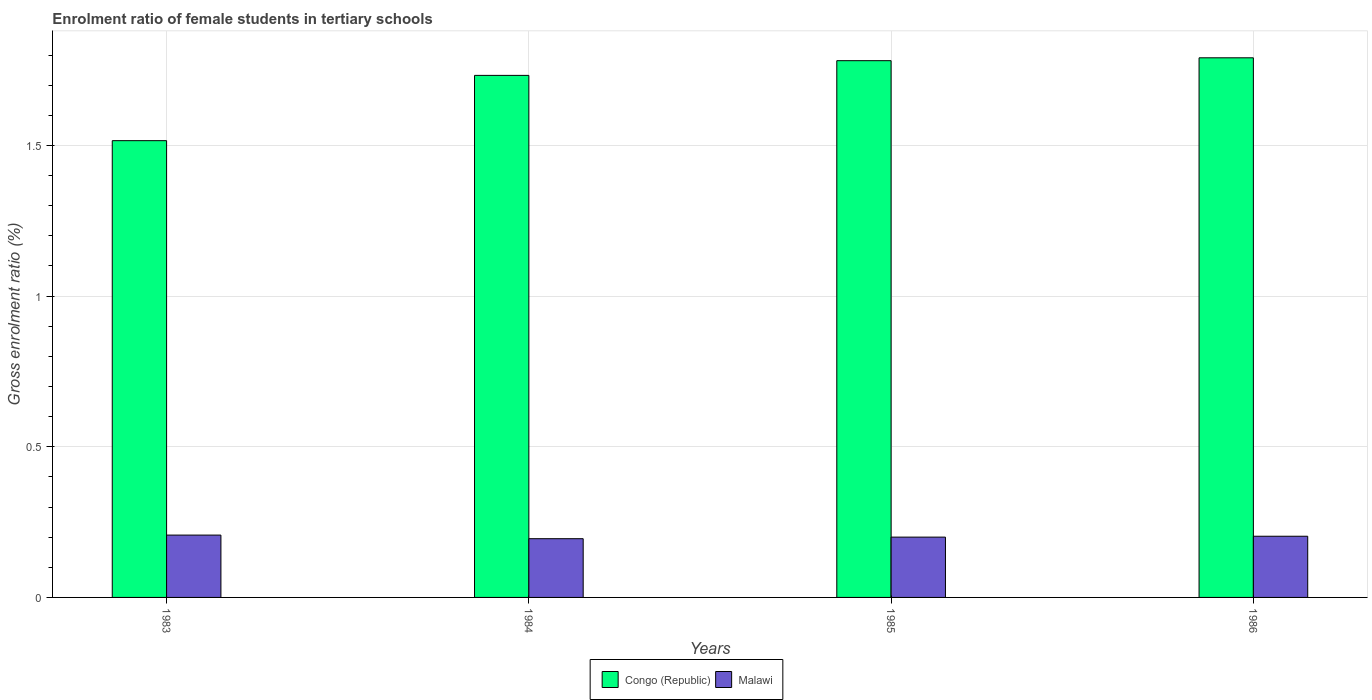
| Years | Congo (Republic) | Malawi |
 | --- | --- | --- |
 | 1983 | 1.52 | 0.207 |
 | 1984 | 1.73 | 0.195 |
 | 1985 | 1.78 | 0.2 |
 | 1986 | 1.79 | 0.203 |